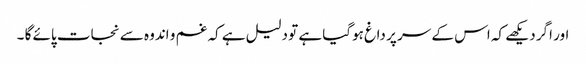
اور اگر دیکھے کہ اس کے سر پر داغ ہوگیا ہے تو دلیل ہے کہ غم و اندوہ سے نجات پائے گا ۔